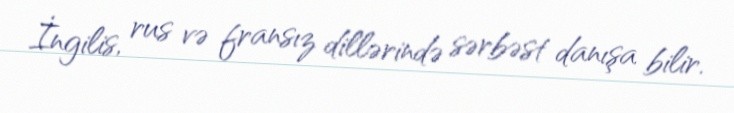
İngilis, rus və fransız dillərində sərbəst danışa bilir.